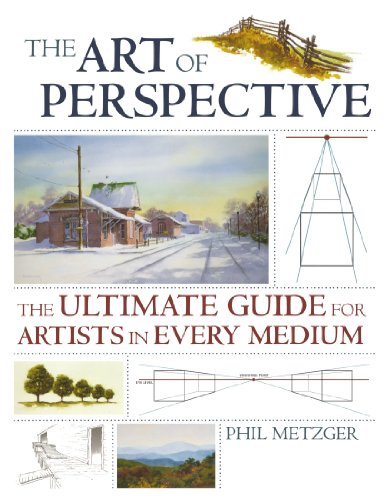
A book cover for The Art of Perspective: The Ultimate Guide for Artists in Every Medium; Phil Metzger; Reference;